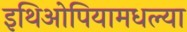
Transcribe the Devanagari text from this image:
इथिओपियामधल्या